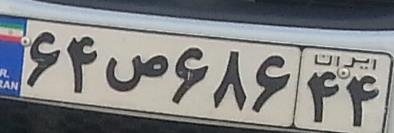
۶۴ص۶۸۶۴۴